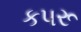
કપરૂ